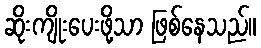
ဆိုးကျိုးပေးဖို့သာ ဖြစ်နေသည်။